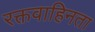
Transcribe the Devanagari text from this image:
रक्तवाहिनता